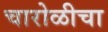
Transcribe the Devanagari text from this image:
चारोळीचा